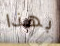
بهذا